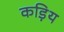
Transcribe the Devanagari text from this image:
कड़िय